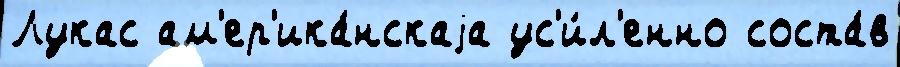
Лукас ам'ер'ика́нскаjа ус'и́л'енно соста́в